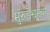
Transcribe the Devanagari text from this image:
मुरुडेश्वरची